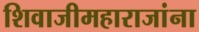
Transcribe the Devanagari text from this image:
शिवाजीमहाराजांना